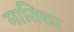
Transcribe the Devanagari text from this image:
मातिका